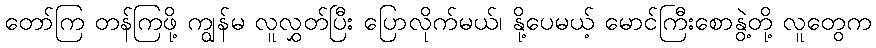
တော်ကြ တန်ကြဖို့ ကျွန်မ လူလွှတ်ပြီး ပြောလိုက်မယ်၊ နို့ပေမယ့် မောင်ကြီးစောနွဲ့တို့ လူတွေက